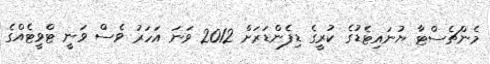
މެންޗެސްޓާ ޔުނައިޓެޑުގެ ކުރީގެ ޑިފެންޑަރަށް 2012 ވަނަ އަހަރު ވެސް ވަނީ ޓްވީޓެއްގެ